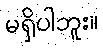
မရှိပါဘူး။